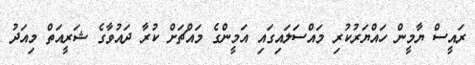
ރައީސް ޔާމީން ހައްޔަރުކުރި މައްސަލައިގައި އަމީންގެ މައްޗަށް ކުރާ ދައުވާގެ ޝަރީއަތް މިއަދު